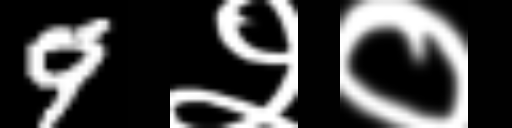
Text: 9२०